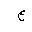
Letter: _ayn